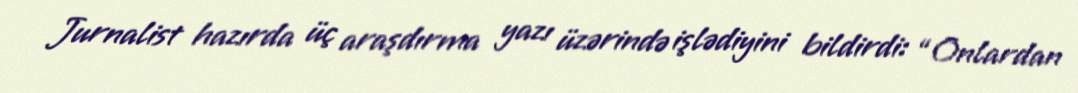
Jurnalist hazırda üç araşdırma yazı üzərində işlədiyini bildirdi: “Onlardan